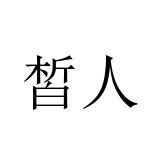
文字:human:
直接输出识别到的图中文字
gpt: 皙人